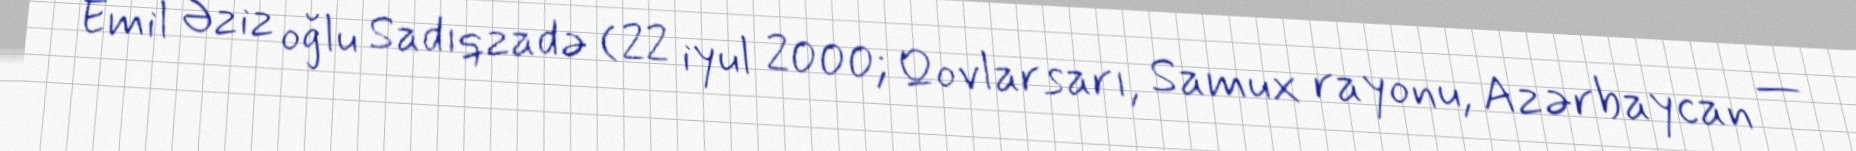
Emil Əziz oğlu Sadıqzadə (22 iyul 2000; Qovlarsarı, Samux rayonu, Azərbaycan —